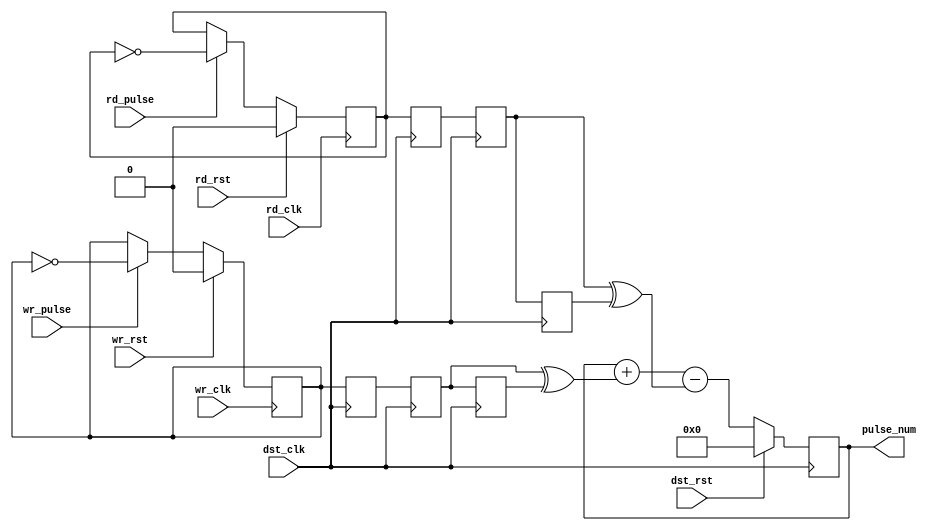
`timescale 1ns / 1ps
//////////////////////////////////////////////////////////////////////////////////
// Module Name: async_pulse_counter
// Project Name: caotai_v1_0
// Description: 
//   1.sync wr_clk & rd_clk to dst_clk.
//   2.wr->pulse_num++, rd->pulse_num--.
// 
// Revision:
// Revision 0.01 - File Created, 2023/12/14 21:20:33
// 
//////////////////////////////////////////////////////////////////////////////////


module async_pulse_counter
#(
  parameter                           WID_16             =   16
)
(
  // dst clk domain
  input                               dst_clk                   ,
  input                               dst_rst                   ,
  output reg [WID_16            -1:0] pulse_num          =  'd0 ,
  // wr clk domain
  input                               wr_clk                    ,
  input                               wr_rst                    ,
  input                               wr_pulse                  ,
  // rd clk domain
  input                               rd_clk                    ,
  input                               rd_rst                    ,
  input                               rd_pulse
);


reg                                   wr_q               =  'd0 ;
reg                                   wr_q_d1            =  'd0 ;
reg                                   wr_q_d2            =  'd0 ;
reg                                   wr_q_d3            =  'd0 ;
reg                                   rd_q               =  'd0 ;
reg                                   rd_q_d1            =  'd0 ;
reg                                   rd_q_d2            =  'd0 ;
reg                                   rd_q_d3            =  'd0 ;


always @(posedge dst_clk)
begin
  if (dst_rst)
  begin
    pulse_num <= 'd0;
  end
  else
  begin
    pulse_num <= pulse_num + (wr_q_d2^wr_q_d3) - (rd_q_d2^rd_q_d3);
  end
end

always @(posedge dst_clk)
begin
  wr_q_d1 <= wr_q   ;
  wr_q_d2 <= wr_q_d1;
  wr_q_d3 <= wr_q_d2;
  rd_q_d1 <= rd_q   ;
  rd_q_d2 <= rd_q_d1;
  rd_q_d3 <= rd_q_d2;
end

always @(posedge wr_clk)
begin
  if (wr_rst)
  begin
    wr_q <= 'd0;
  end
  else if (wr_pulse)
  begin
    wr_q <= ~wr_q;
  end
  else
  begin
    wr_q <=  wr_q;
  end
end

always @(posedge rd_clk)
begin
  if (rd_rst)
  begin
    rd_q <= 'd0;
  end
  else if (rd_pulse)
  begin
    rd_q <= ~rd_q;
  end
  else
  begin
    rd_q <=  rd_q;
  end
end

endmodule